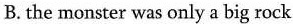
B. the monster was only a big rock